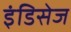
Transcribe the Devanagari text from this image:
इंडिसेज